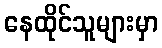
နေထိုင်သူများမှာ